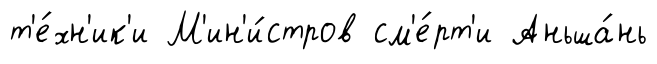
т'е́хн'ик'и М'ин'и́стров см'е́рт'и Аньша́нь